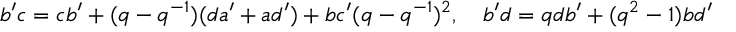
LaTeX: b ^ { \prime } c = c b ^ { \prime } + ( q - q ^ { - 1 } ) ( d a ^ { \prime } + a d ^ { \prime } ) + b c ^ { \prime } ( q - q ^ { - 1 } ) ^ { 2 } , \quad b ^ { \prime } d = q d b ^ { \prime } + ( q ^ { 2 } - 1 ) b d ^ { \prime }